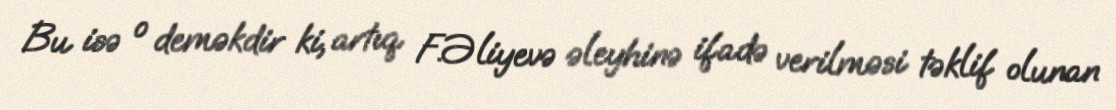
Bu isə o deməkdir ki, artıq F.Əliyevə əleyhinə ifadə verilməsi təklif olunan